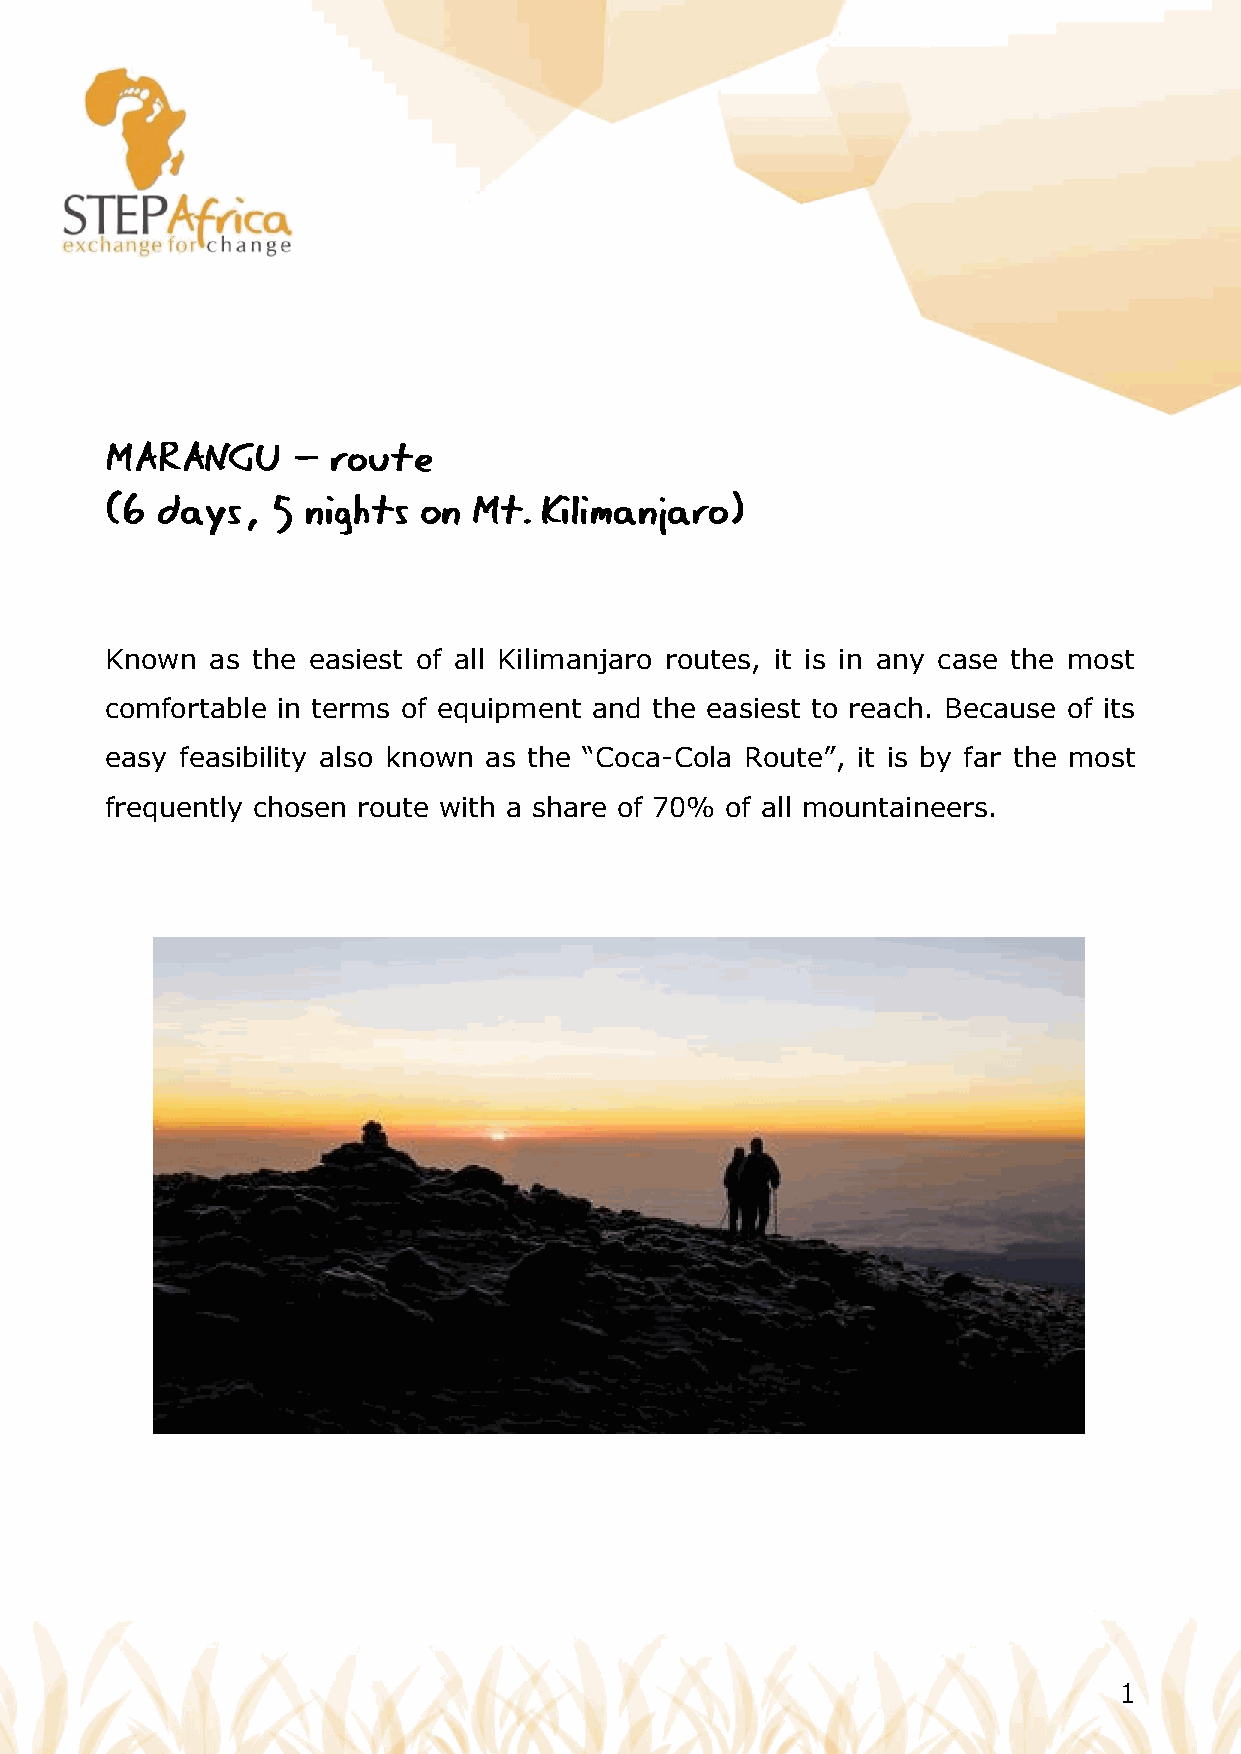
Known  as the easiest of all Kilimanjaro routes, it is in any case the most
 comfortable in terms of equipment and the easiest to reach. Because of its
 easy feasibility also known as the “Coca-Cola Route”, it is by far the most
 frequently chosen route with a share of 70% of all mountaineers.
 1